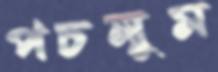
পচলুম